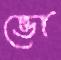
ভো